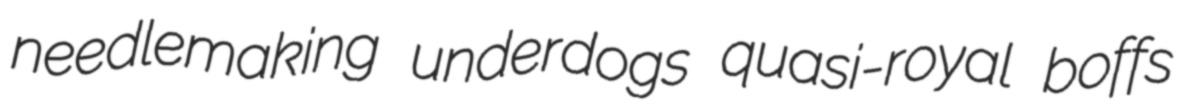
needlemaking underdogs quasi-royal boffs